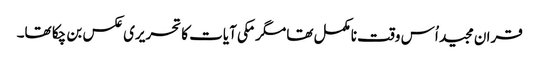
قران مجید اُس وقت نامکمل تھا مگرمکی آیات کا تحریری عکس بن چکا تھا۔